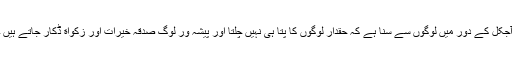
آجکل کے دور میں لوگوں سے سنا ہے کہ حقدار لوگوں کا پتا ہی نہیں چلتا اور پیشہ ور لوگ صدقہ خیرات اور زکواة ڈکار جاتے ہیں ۔